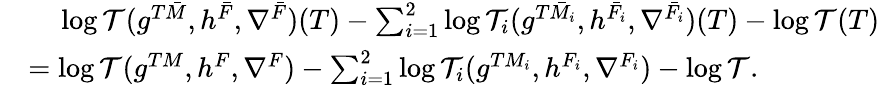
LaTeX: \begin{array}{rl}&{\ \ \ \ \log\mathcal{T}(g^{T\bar{M}},h^{\bar{F}},\nabla^{\bar{F}})(T)-\sum_{i=1}^{2}\log\mathcal{T}_{i}(g^{T\bar{M}_{i}},h^{\bar{F}_{i}},\nabla^{\bar{F}_{i}})(T)-\log\mathcal{T}(T)}\\ &{=\log\mathcal{T}(g^{TM},h^{F},\nabla^{F})-\sum_{i=1}^{2}\log\mathcal{T}_{i}(g^{TM_{i}},h^{F_{i}},\nabla^{F_{i}})-\log\mathcal{T}.}\end{array}